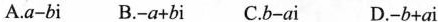
A.$$a-bi$$ B.$$-a+bi$$ C.$$b-ai$$ D.$$-b+ai$$